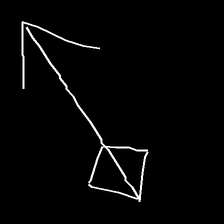
Glyph: focus